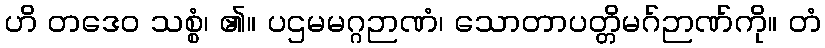
ဟိ တဒေဝ သစ္စံ၊ ၏။ ပဌမမဂ္ဂဉာဏံ၊ သောတာပတ္တိမဂ်ဉာဏ်ကို။ တံ